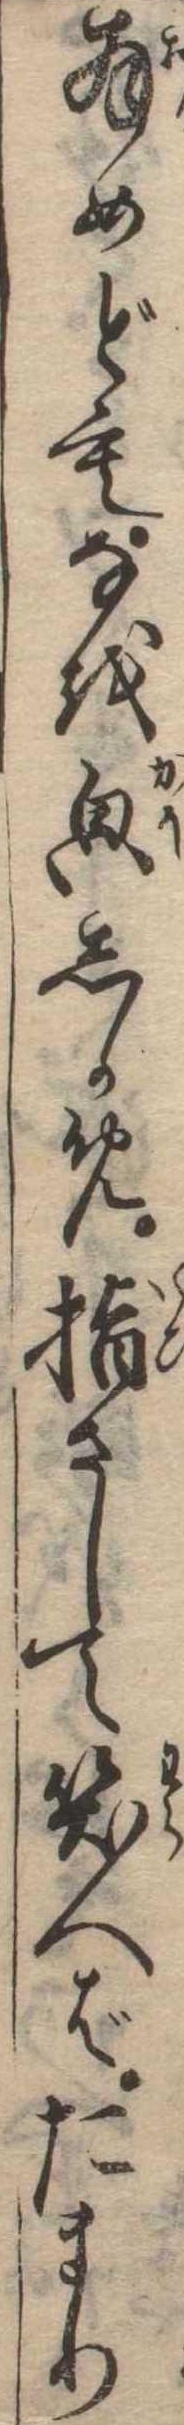
拝めどもなをしかめ指さして笑へばたまり